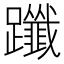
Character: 𨇦